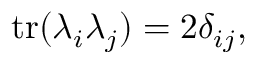
\operatorname { t r } ( \lambda _ { i } \lambda _ { j } ) = 2 \delta _ { i j } ,